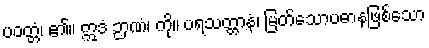
ပဝတ္တံ၊ ၏။ ဣဒံ ဉာဏံ၊ ကို။ ပရသတ္တာနံ၊ မြတ်သောပဓာနဖြစ်သော